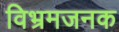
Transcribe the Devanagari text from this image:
विभ्रमजनक